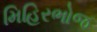
મિહિરભોજ